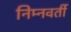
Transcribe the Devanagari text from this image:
निम्नवर्ती